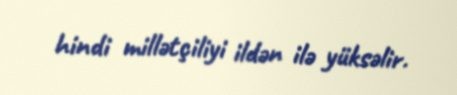
hindi millətçiliyi ildən ilə yüksəlir.